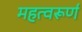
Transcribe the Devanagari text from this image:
महत्वरूर्ण